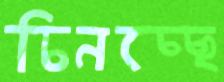
চিনচ্ছে